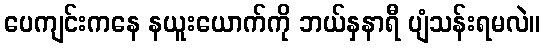
ပေကျင်းကနေ နယူးယောက်ကို ဘယ်နှနာရီ ပျံသန်းရမလဲ။